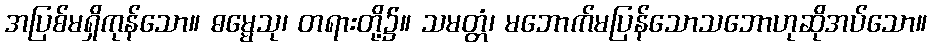
အပြစ်မရှိကုန်သော။ ဓမ္မေသု၊ တရားတို့၌။ သမတ္တံ၊ မဘောက်မပြန်သောသဘောဟုဆိုအပ်သော။